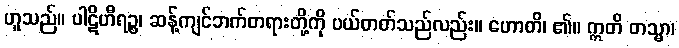
ဟူသည်။ ပါဋိဟီရဉ္စ၊ ဆန့်ကျင်ဘက်တရားတို့ကို ပယ်တတ်သည်လည်း။ ဟောတိ၊ ၏။ ဣတိ တသ္မာ၊